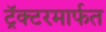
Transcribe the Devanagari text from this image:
ट्रॅक्टरमार्फत